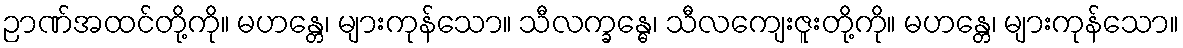
ဉာဏ်အထင်တို့ကို။ မဟန္တေ၊ များကုန်သော။ သီလက္ခန္ဓေ၊ သီလကျေးဇူးတို့ကို။ မဟန္တေ၊ များကုန်သော။